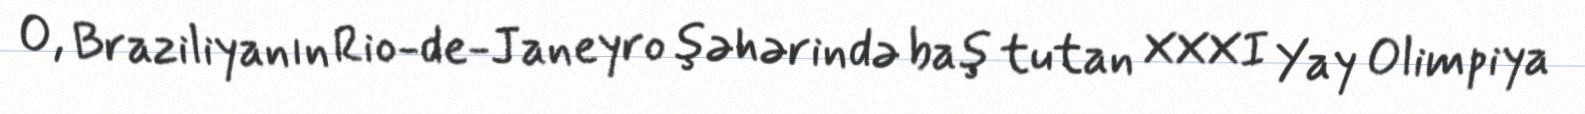
O, Braziliyanın Rio-de-Janeyro şəhərində baş tutan XXXI Yay Olimpiya